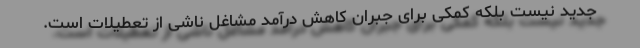
جدید نیست بلکه کمکی برای جبران کاهش درآمد مشاغل ناشی از تعطیلات است.